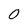
Character: 0